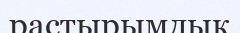
растырымдық